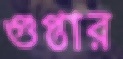
গুপ্তার